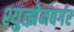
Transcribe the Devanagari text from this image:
श्युत्झेनबर्गर